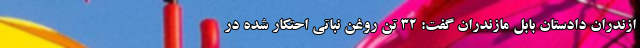
ازندران دادستان بابل مازندران گفت: ۳۲ تن روغن نباتی احتکار شده در